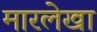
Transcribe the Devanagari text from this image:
मारलेखा